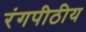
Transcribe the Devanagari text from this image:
रंगपीठीय